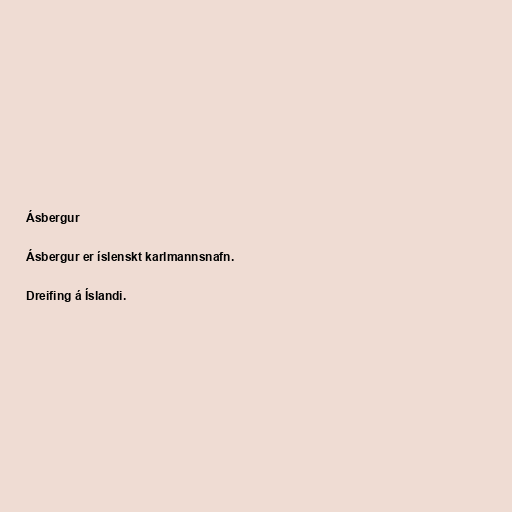
Ásbergur

Ásbergur er íslenskt karlmannsnafn.

Dreifing á Íslandi.